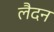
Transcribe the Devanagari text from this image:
लैदन